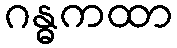
ဂန္ဓကထာ